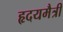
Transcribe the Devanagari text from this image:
हृदयमैत्री